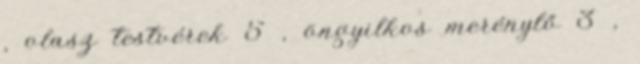
, olasz testvérek 5 , öngyilkos merénylő 3 ,